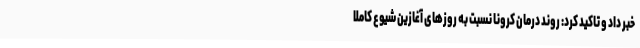
خبر داد و تاکید کرد: روند درمان کرونا نسبت به روزهای آغازین شیوع کاملا